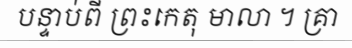
បន្ទាប់ពី ព្រះកេតុ មាលា ។ គ្រា